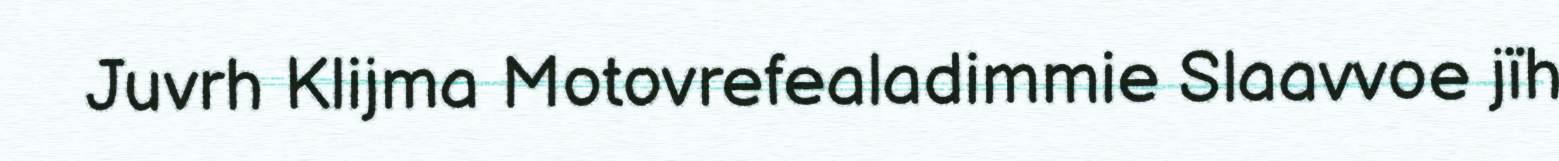
Juvrh Klijma Motovrefealadimmie Slaavvoe jïh